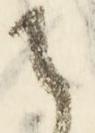
に